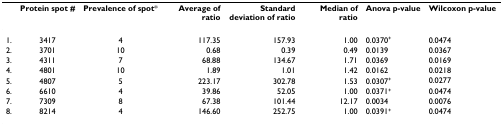
<table><thead><tr><td></td><td><b>Protein spot #</b></td><td><b>Prevalence of spot*</b></td><td><b>Average of ratio</b></td><td><b>Standard deviation of ratio</b></td><td><b>Median of ratio</b></td><td><b>Anova p-value</b></td><td><b>Wilcoxon p-value</b></td></tr></thead><tbody><tr><td>1.</td><td>3417</td><td>4</td><td>117.35</td><td>157.93</td><td>1.00</td><td>0.0370<sup>+</sup></td><td>0.0474</td></tr><tr><td>2.</td><td>3701</td><td>10</td><td>0.68</td><td>0.39</td><td>0.49</td><td>0.0139</td><td>0.0367</td></tr><tr><td>3.</td><td>4311</td><td>7</td><td>68.88</td><td>134.67</td><td>1.71</td><td>0.0369</td><td>0.0169</td></tr><tr><td>4.</td><td>4801</td><td>10</td><td>1.89</td><td>1.01</td><td>1.42</td><td>0.0162</td><td>0.0218</td></tr><tr><td>5.</td><td>4807</td><td>5</td><td>223.17</td><td>302.78</td><td>1.53</td><td>0.0307<sup>+</sup></td><td>0.0277</td></tr><tr><td>6.</td><td>6610</td><td>4</td><td>39.86</td><td>52.05</td><td>1.00</td><td>0.0371<sup>+</sup></td><td>0.0474</td></tr><tr><td>7.</td><td>7309</td><td>8</td><td>67.38</td><td>101.44</td><td>12.17</td><td>0.0034</td><td>0.0076</td></tr><tr><td>8.</td><td>8214</td><td>4</td><td>146.60</td><td>252.75</td><td>1.00</td><td>0.0391<sup>+</sup></td><td>0.0474</td></tr></tbody></table>